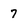
Character: 7